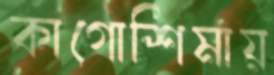
কাগোশিমায়